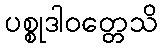
ပစ္စုဒါဝတ္တေသိ